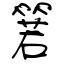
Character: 箬